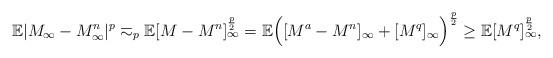
LaTeX: \begin{align*} \mathbb E|M_{\infty} - M^n_{\infty}|^p \eqsim_{p} \mathbb E[M - M^n]_{\infty}^{\frac p2} =\mathbb E \Bigl([M^a - M^n]_{\infty} + [M^q]_{\infty}\Bigr)^{\frac p2}\geq \mathbb E[M^q]_{\infty}^{\frac p2}, \end{align*}